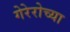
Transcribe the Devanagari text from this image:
गेरेरोच्या